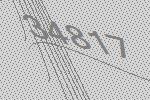
34817